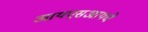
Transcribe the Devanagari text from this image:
आयएसआयचे